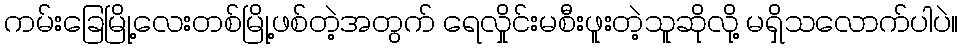
ကမ်းခြေမြို့လေးတစ်မြို့ဖစ်တဲ့အတွက် ရေလှိုင်းမစီးဖူးတဲ့သူဆိုလို့ မရှိသလောက်ပါပဲ။